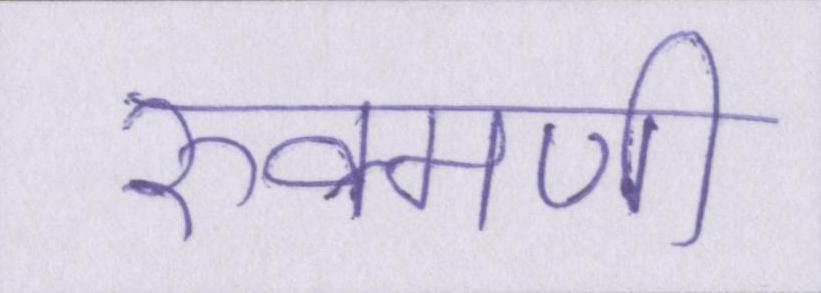
रुक्मणी